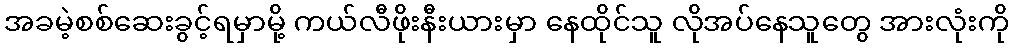
အခမဲ့စစ်ဆေးခွင့်ရမှာမို့ ကယ်လီဖိုးနီးယားမှာ နေထိုင်သူ လိုအပ်နေသူတွေ အားလုံးကို